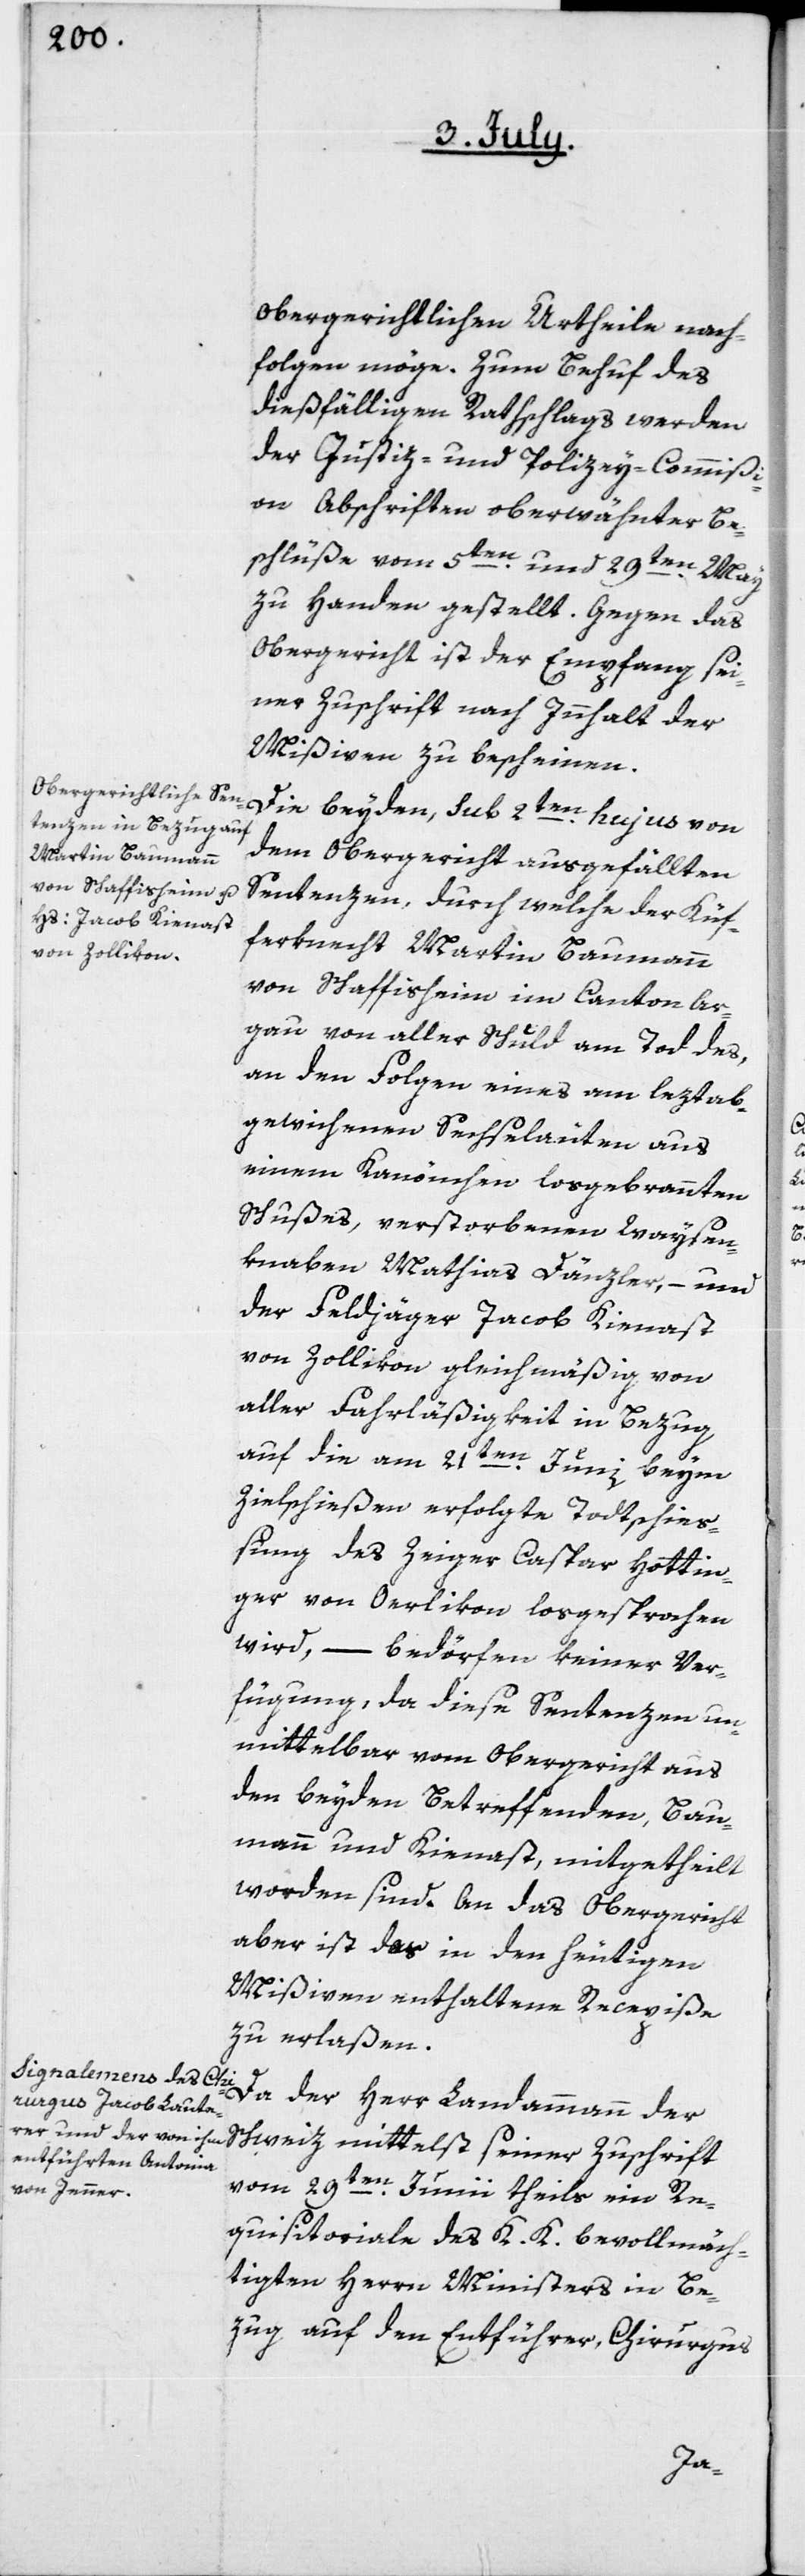
obergerichtlichen Urtheile nach¬
folgen möge. Zum Behuf des
dießfälligen Rathschlags werden
der Justiz- und Polizey-Commißi¬
on Abschriften oberwähnter Be¬
schlüße vom 5ten und 29ten May
zu Handen gestellt. Gegen das
Obergericht ist der Empfang sei¬
ner Zuschrift nach Innhalt der
Mißiven zu bescheinen.
dem Obergericht ausgefällten
Sentenzen, durch welche der Küf¬
erknecht Martin Baumann
von Schaffisheim im Canton Ar¬
gau von aller Schuld am Tod des,
an den Folgen eines am leztab¬
gewichenen Sechseläuten aus
einem Kanönchen losgebrannten
Schußes, verstorbenen Waysen¬
knaben Mathias Dänzler, – und
der Feldjäger Jacob Kienast
von Zollikon gleichmäßig von
aller Fahrläßigkeit in Bezug
auf die am 21ten Junii beym
Zielschießen erfolgte Todtschieß¬
ung des Zeiger Caspar Hottin¬
ger von Oerlikon losgesprochen
wird, – bedörfen keiner Ver¬
fügung, das diese Sentenzen un¬
mittelbar vom Obergericht aus
den beyden Betreffenden Bau¬
mann und Kienast, mitgetheilt
worden sind. An das Obergericht
aber ist das in den heutigen
Mißiven enthaltene Recepiße
zu erlaßen.
Da der Herr Landammann der
Schweiz mittelst seiner Zuschrift
vom 29ten Junii theils ein Re¬
quisitoriale des K. K. bevollmäch¬
tigten Herrn Ministers in Be¬
zug auf den Entführer Chirurgus